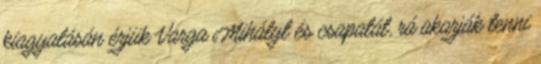
kiagyalásán érjük Varga Mihályt és csapatát, rá akarják tenni